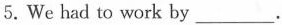
5. We had to work by___.